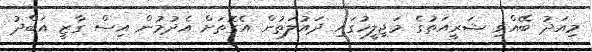
މިއަދު ބޭއްވި ޝަރީއަތުގެ މަޖިލީހުގައި ދައުލަތުން އެގޮތަށް އެދުމުން އިސް ގާޒީ އަބްދު